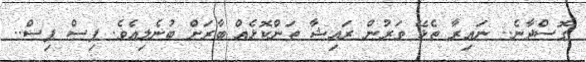
ގޮސްދާނެ.. ނައިރާ ތެޅޭ ވަރުން ރައިޝާ ތަންކޮޅެއް ބާރަށް ބުނެލިއެވެ. ޕިސް ޕިސް..